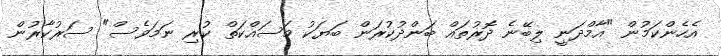
އެހެންކަމުން "އާމްދަނީ ލިބޭނެ ދޮރުތައް ބަންދުކުރަން ބަޔަކު މަސައްކަތް ކުރި ނަމަވެސް" ސަރުކާރުން